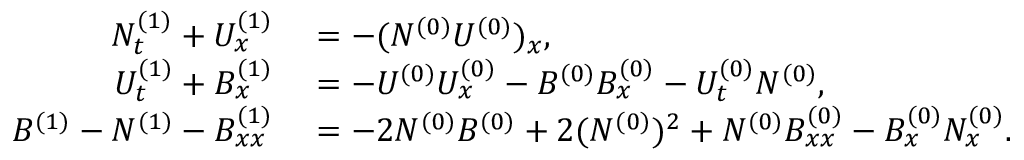
\begin{array} { r l } { N _ { t } ^ { ( 1 ) } + U _ { x } ^ { ( 1 ) } } & { { } = - ( N ^ { ( 0 ) } U ^ { ( 0 ) } ) _ { x } , } \\ { U _ { t } ^ { ( 1 ) } + B _ { x } ^ { ( 1 ) } } & { { } = - U ^ { ( 0 ) } U _ { x } ^ { ( 0 ) } - B ^ { ( 0 ) } B _ { x } ^ { ( 0 ) } - U _ { t } ^ { ( 0 ) } N ^ { ( 0 ) } , } \\ { B ^ { ( 1 ) } - N ^ { ( 1 ) } - B _ { x x } ^ { ( 1 ) } } & { { } = - 2 N ^ { ( 0 ) } B ^ { ( 0 ) } + 2 ( N ^ { ( 0 ) } ) ^ { 2 } + N ^ { ( 0 ) } B _ { x x } ^ { ( 0 ) } - B _ { x } ^ { ( 0 ) } N _ { x } ^ { ( 0 ) } . } \end{array}